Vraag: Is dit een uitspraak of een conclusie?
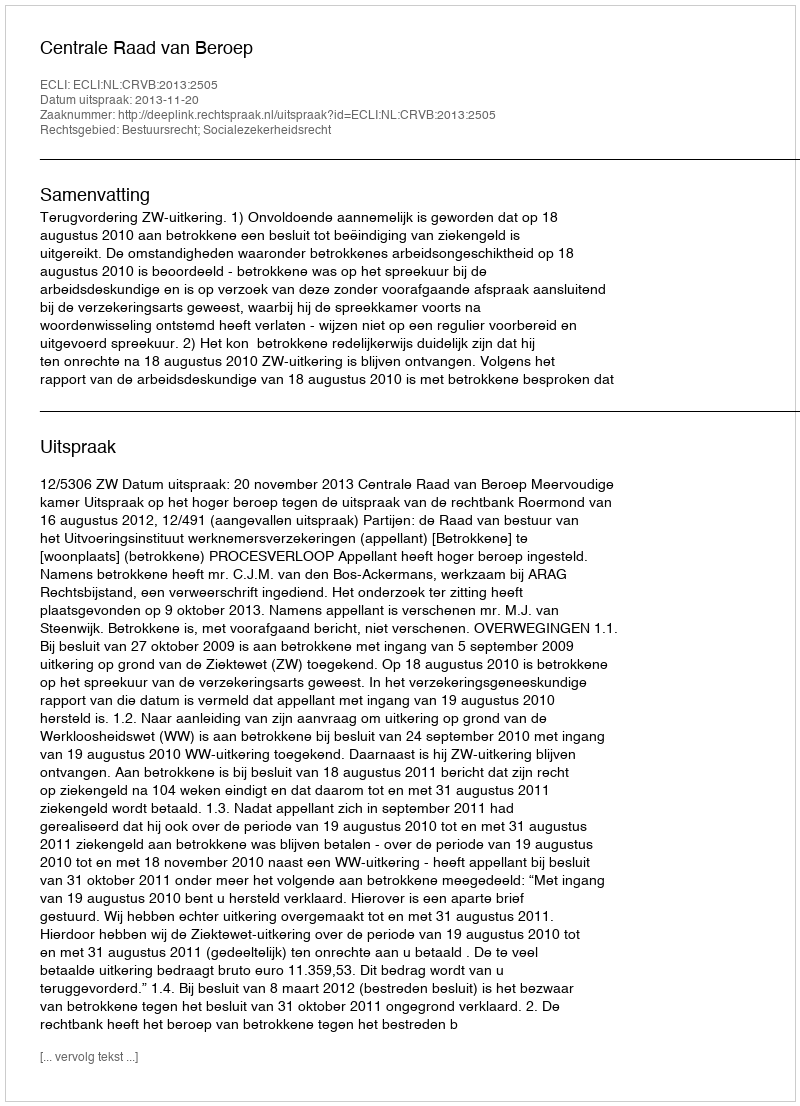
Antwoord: Uitspraak